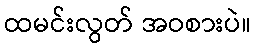
ထမင်းလွတ် အဝစားပဲ။